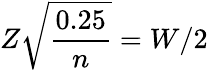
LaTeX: Z{\sqrt{\frac{0.25}{n}}}=W/2